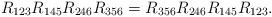
LaTeX: \begin{align*}R_{123}R_{145}R_{246}R_{356} = R_{356}R_{246}R_{145}R_{123}.\end{align*}